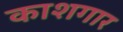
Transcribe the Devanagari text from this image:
काशगार